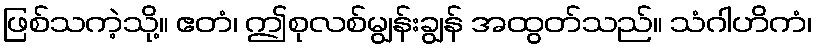
ဖြစ်သကဲ့သို့။ ဧတံ၊ ဤစုလစ်မျွန်းချွန် အထွတ်သည်။ သံဂါဟိကံ၊